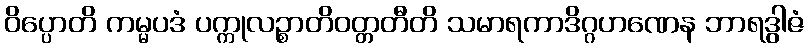
ဝိပ္ပောတိ ကမ္မပဒံ ပက္ကုလဉ္စာတိဝတ္တတီတိ သမာရကာဒိဂ္ဂဟဏေန ဘာရဒွါဇံ